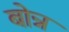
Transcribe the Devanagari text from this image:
बोन्न